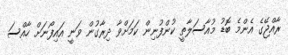
ރާއްޖޭގެ އެންމެ ބޮޑު މުއާސަލާތީ ކުންފުނިން ކަމަށްވާ ދިރާގުން ވަނީ އައިފޯނަށް ހާއްސަ